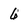
Character: 6